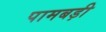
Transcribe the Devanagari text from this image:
पामबड़ी